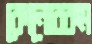
কোনোরকম